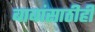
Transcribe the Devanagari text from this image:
बाबांसाठीही